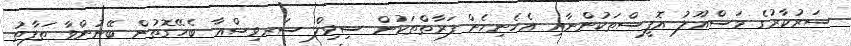
ސަރުކާރުގެ މަސްއޫލު އޮފީސްތަކުންނާއި އެހެނިހެން ފަރާތްތަކުން ސިވިލް ސަރވިސްއާ ބެހޭގޮތުން ބޭނުންވާ ތަފާތު